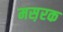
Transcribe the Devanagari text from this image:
मस़रक